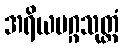
အရိယမဂ္ဂသုတ္တံ